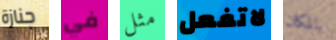
جنازة في مثل لاتفعل بالمكان